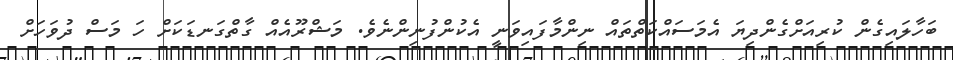
ބަހާލައިގެން ކުރިއަށްގެންދިޔަ އެމަސައްކަތްތައް ނިންމާފައިވަނީ އެކުންފުނިންނެވެ. މަޝްރޫއެއް ގާތްގަނޑަކަށް ހަ މަސް ދުވަހަށް